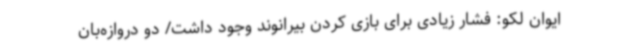
ایوان لکو: فشار زیادی برای بازی کردن بیرانوند وجود داشت/ دو دروازه‌بان